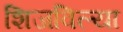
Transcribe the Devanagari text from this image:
शिजविल्या